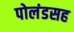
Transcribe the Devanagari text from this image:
पोलंडसह